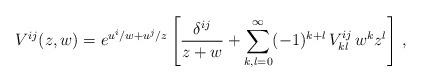
LaTeX: \begin{align*}V^{ij}(z,w) = e^{u^i/w + u^j/z} \left[{\delta^{ij} \over z+w} + \sum_{k,l=0}^\infty(-1)^{k+l} \, V^{ij}_{kl}\, w^k z^l \right]\, ,\end{align*}